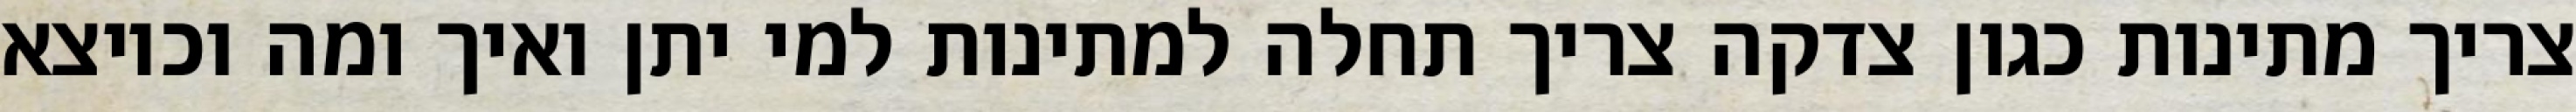
צריך מתינות כגון צדקה צריך תחלה למתינות למי יתן ואיך ומה וכיוצא